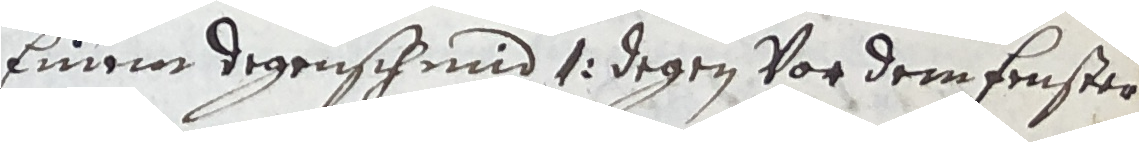
Einer degenschmid 1: degen vor dem fenster